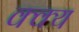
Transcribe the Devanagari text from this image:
क्क्य